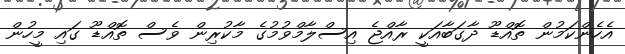
އެހެންކަމުން ތޮއްޑޫ ދާގަބާއަކީ ރާއްޖެ އިސްލާމްވުމުގެ މާކުރިން ވެސް ތޮއްޑޫ ގައި މީހުން